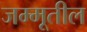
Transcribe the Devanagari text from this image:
जम्मूतील